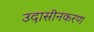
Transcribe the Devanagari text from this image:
उदासीनकरण